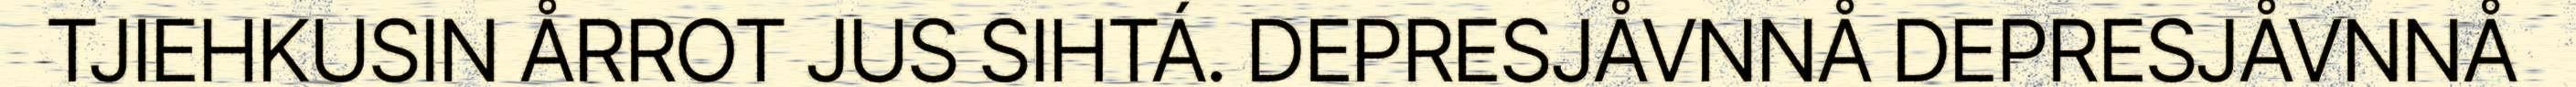
TJIEHKUSIN ÅRROT JUS SIHTÁ. DEPRESJÅVNNÅ DEPRESJÅVNNÅ